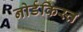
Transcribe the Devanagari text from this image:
नोर्डकिस्त